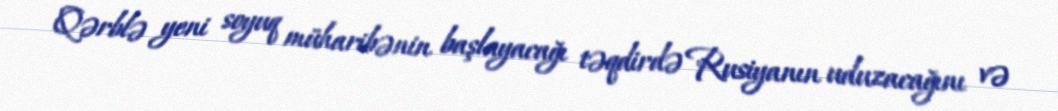
Qərblə yeni soyuq müharibənin başlayacağı təqdirdə Rusiyanın uduzacağını və